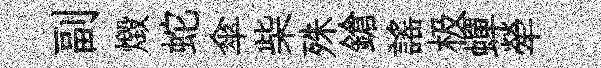
副燬蛇傘柴殊鎗謡极蟬犖